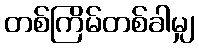
တစ်ကြိမ်တစ်ခါမျှ